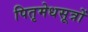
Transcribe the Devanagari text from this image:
पितृमेधसूत्रों